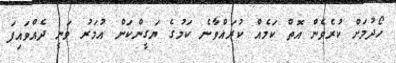
ހޯދުމަށް ކުރެވެން އޮތް ކަމެއް ކުރައްވާނެ ކަމުގެ ޔަގީންކަން އުމަރު ވަނީ ދެއްވައިފަ